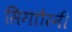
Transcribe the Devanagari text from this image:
सिगाौरनी